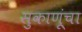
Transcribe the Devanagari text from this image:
सुकाणूंचा